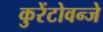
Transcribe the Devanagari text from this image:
कुरेंटोवन्जे